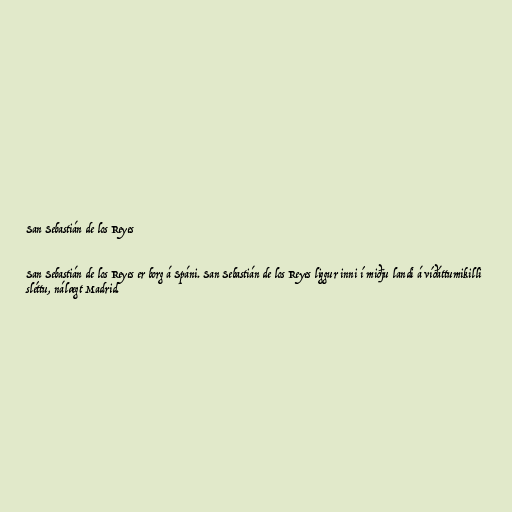
San Sebastián de los Reyes

San Sebastián de los Reyes er borg á Spáni. San Sebastián de los Reyes liggur inni í miðju landi á víðáttumikilli
sléttu, nálægt Madrid.